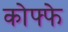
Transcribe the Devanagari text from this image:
कोफ्फे